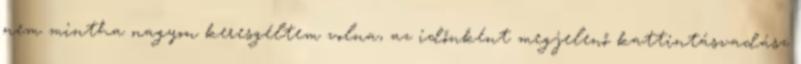
nem mintha nagyon keresgéltem volna, az időnként megjelenő kattintásvadász